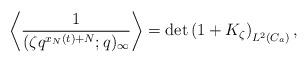
LaTeX: \begin{align*}&\left\langle\frac{1}{(\zeta q^{x_N(t)+N};q)_{\infty}}\right\rangle=\det\left(1+K_{\zeta}\right)_{L^2(C_a)},\end{align*}